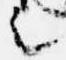
言